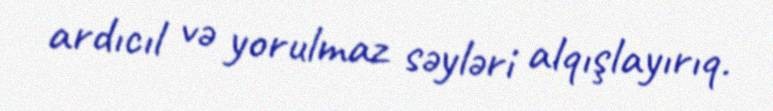
ardıcıl və yorulmaz səyləri alqışlayırıq.